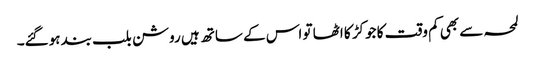
لمحہ سے بھی کم وقت کا جوکڑ کا اٹھا تو اس کے ساتھ ہیں روشن بلب بند ہوگئے۔